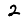
Digit: 2